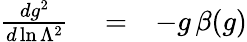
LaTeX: \begin{array}{rlr}{{\frac{dg^{2}}{d\ln\Lambda^{2}}}}&{{}=}&{-g\, \beta(g)}\end{array}